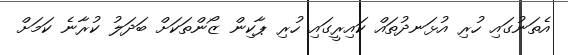
އެތަނުގައި ހުރި އުޅަނދުތައް ކައިރީގައި ހުރި ޕާކިން ޒޯންތަކަށް ބަދަލު ކުރާނެ ކަމަށް